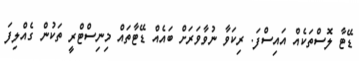
ޑޭޓާ ލޮސްތަކެއް އައިސްފަ. ރިކަވާ ނުވާވަރަށް ބައެއް ޑޭޓާތައް މިނިސްޓްރީ ތަކުން ގެއްލިފަ